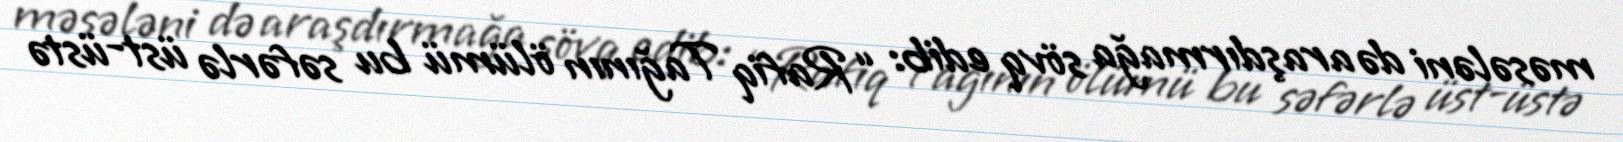
məsələni də araşdırmağa sövq edib: “Rafiq Tağının ölümü bu səfərlə üst-üstə